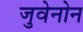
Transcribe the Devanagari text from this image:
जुवेनोन